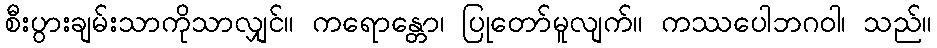
စီးပွားချမ်းသာကိုသာလျှင်။ ကရောန္တော၊ ပြုတော်မူလျက်။ ကဿပေါဘဂဝါ၊ သည်။